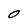
Character: O